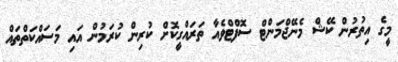
މީގެ އިތުރުން ކޭޝް މެނޭޖްމަންޓް ސޮފްޓްވެއާ ތަރައްގީކޮށް ކުރިން ކުރަމުން އައި މަސައްކަތްތައް